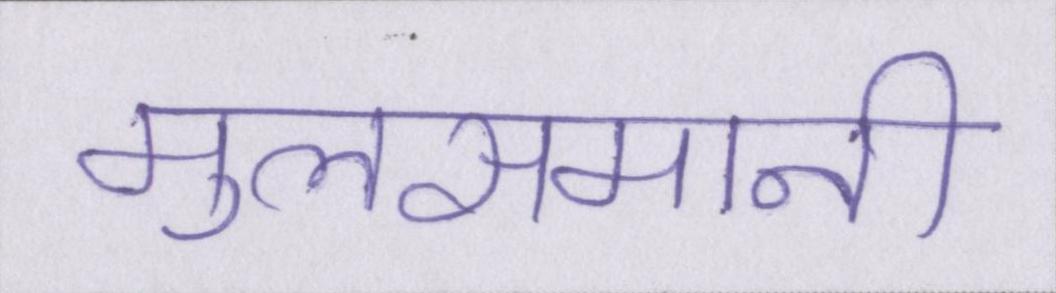
मुलसमानी